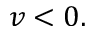
v < 0 .